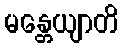
မန္တေယျာတိ